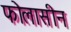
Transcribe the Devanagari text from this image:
फोलासीन